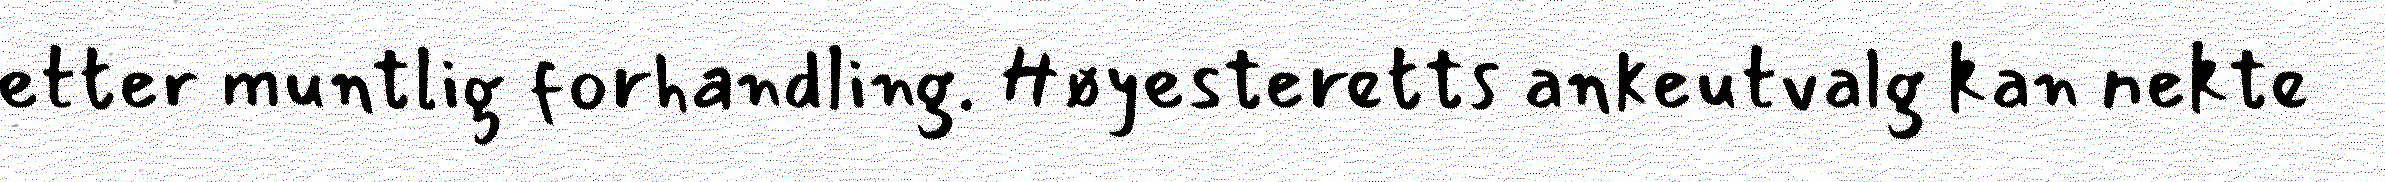
etter muntlig forhandling. Høyesteretts ankeutvalg kan nekte